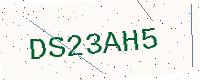
Text: DS23AH5